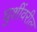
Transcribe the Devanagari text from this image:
घुशींवरील